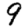
Digit: 9